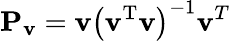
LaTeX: \mathbf{P}_{\mathbf{v}}=\mathbf{v}\left(\mathbf{v}^{\textrm{T}}\mathbf{v}\right)^{-1}\mathbf{v}^{T}